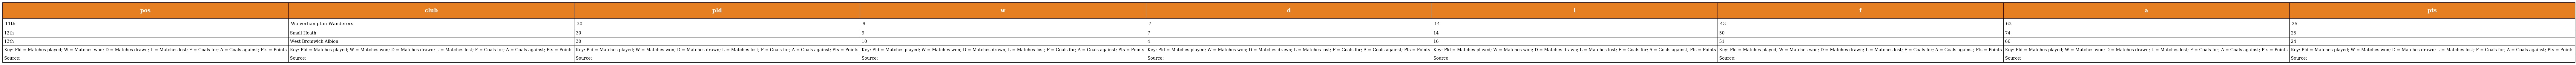
| pos | club | pld | w | d | l | f | a | pts |
 | --- | --- | --- | --- | --- | --- | --- | --- | --- |
 | 11th | Wolverhampton Wanderers | 30 | 9 | 7 | 14 | 43 | 63 | 25 |
 | 12th | Small Heath | 30 | 9 | 7 | 14 | 50 | 74 | 25 |
 | 13th | West Bromwich Albion | 30 | 10 | 4 | 16 | 51 | 66 | 24 |
 | Key: Pld = Matches played; W = Matches won; D = Matches drawn; L = Matches lost; F = Goals for; A = Goals against; Pts = Points | Key: Pld = Matches played; W = Matches won; D = Matches drawn; L = Matches lost; F = Goals for; A = Goals against; Pts = Points | Key: Pld = Matches played; W = Matches won; D = Matches drawn; L = Matches lost; F = Goals for; A = Goals against; Pts = Points | Key: Pld = Matches played; W = Matches won; D = Matches drawn; L = Matches lost; F = Goals for; A = Goals against; Pts = Points | Key: Pld = Matches played; W = Matches won; D = Matches drawn; L = Matches lost; F = Goals for; A = Goals against; Pts = Points | Key: Pld = Matches played; W = Matches won; D = Matches drawn; L = Matches lost; F = Goals for; A = Goals against; Pts = Points | Key: Pld = Matches played; W = Matches won; D = Matches drawn; L = Matches lost; F = Goals for; A = Goals against; Pts = Points | Key: Pld = Matches played; W = Matches won; D = Matches drawn; L = Matches lost; F = Goals for; A = Goals against; Pts = Points | Key: Pld = Matches played; W = Matches won; D = Matches drawn; L = Matches lost; F = Goals for; A = Goals against; Pts = Points |
 | Source: | Source: | Source: | Source: | Source: | Source: | Source: | Source: | Source: |